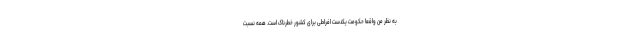
به نظر من واقعا حکومت یکدست افراطی برای کشور خطرناک است. همه نسبت